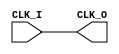
//  --========================================================================--
//  Version and Release Control Information:
//
//  File Revision       : 1.00
//
//  ----------------------------------------------------------------------------
//  Purpose             : Platform specific Clock Divider
//                        
//  --========================================================================--


module ClockDiv(
	//Clock Input
			input wire 	CLK_I,
	//Clock Output
			output wire CLK_O

    );

//	always @ (posedge CLK_I)
//		begin
//			CLK_O <= !CLK_O;
//		end

	assign CLK_O = CLK_I;

endmodule